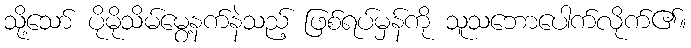
သို့သော် ပိုမိုသိမ်မွေ့နက်နဲသည့် ဖြစ်ရပ်မှန်ကို သူသဘောပေါက်လိုက်၏။